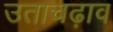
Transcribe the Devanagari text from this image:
उताचढ़ाव